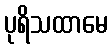
ပုရိသထာမေ